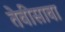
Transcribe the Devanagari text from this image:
तेवीसावा